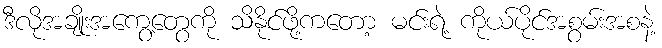
ဒီလိုအချိုးအကွေ့တွေကို သိနိုင်ဖို့ကတော့ မင်းရဲ့ ကိုယ်ပိုင်အစွမ်းအစနဲ့